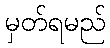
မှတ်ရမည်